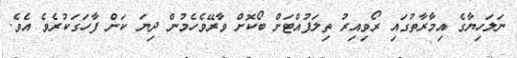
ނަލަހިޔާގެ އިމާރާތުގައި ރޯވިއިރު ތިލަފުއްޓަށް ބޯކޮށް ވާރޭވެހެމުން ދިޔަ ކަަން ފާހަގަކުރެވެ އެވެ.